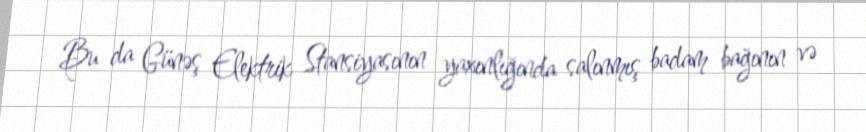
Bu da Günəş Elektrik Stansiyasının yaxınlığında salınmış badam bağının və